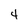
Character: 4